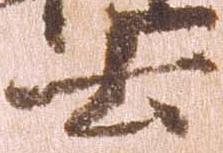
云